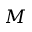
M